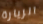
الزيارة